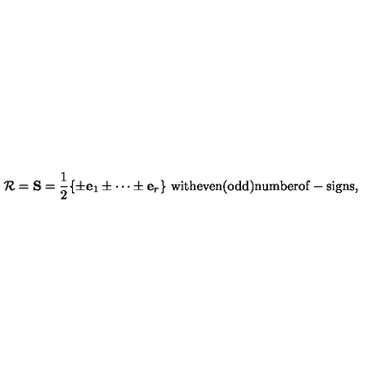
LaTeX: { \cal R } = { \bf S } = { \frac { 1 } { 2 } } \{ \pm { \bf e } _ { 1 } \pm \cdots \pm { \bf e } _ { r } \} \ \mathrm { w i t h e v e n ( o d d ) n u m b e r o f } - \mathrm { s i g n s } ,